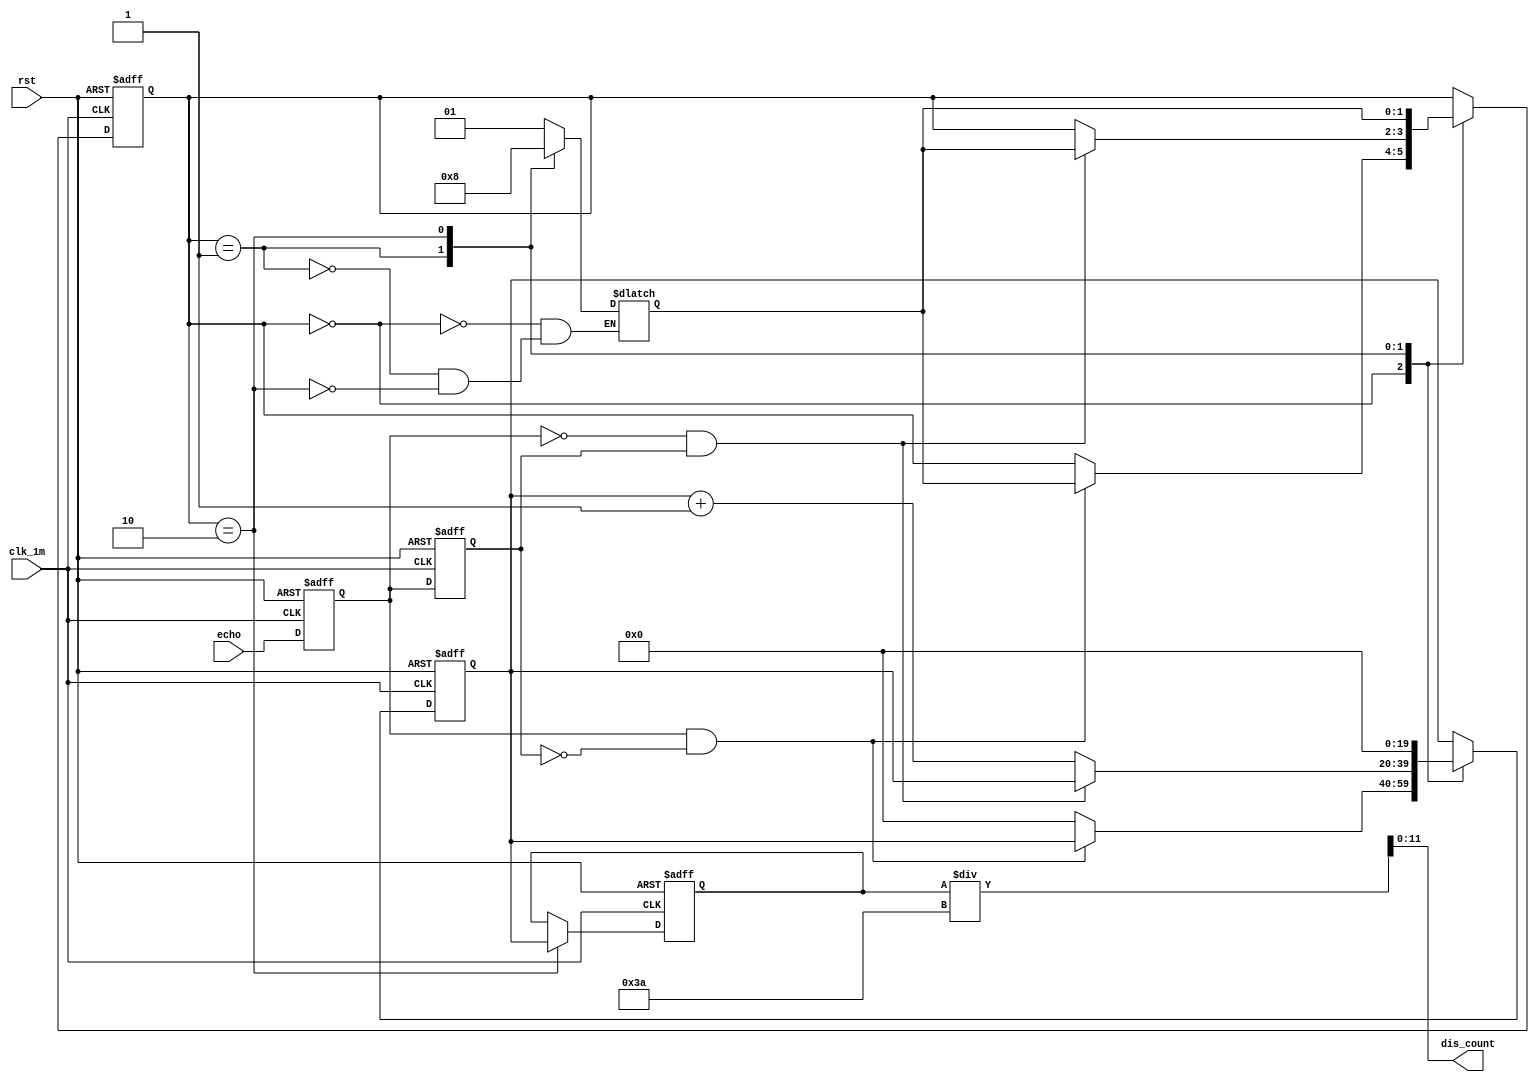
`timescale 1ns / 1ps
//////////////////////////////////////////////////////////////////////////////////
// Company: 
// Engineer: 
// 
// Design Name: 
// Module Name:    PosCounter 
// Project Name: 
// Target Devices: 
// Tool versions: 
// Description: 
//
// Dependencies: 
//
// Revision: 
// Revision 0.01 - File Created
// Additional Comments: 
//
//////////////////////////////////////////////////////////////////////////////////
module PosCounter(clk_1m, rst, echo, dis_count); // ???????????
input clk_1m, rst, echo;
output[11:0] dis_count;

parameter S0 = 2'b00, S1 = 2'b01, S2 = 2'b10; // ???? S0:??, S1:??????, S2:??????
reg[1:0] curr_state, next_state;
reg echo_reg1, echo_reg2;
assign start = echo_reg1&~echo_reg2;  //??posedge
assign finish = ~echo_reg1&echo_reg2; //??negedge
reg[19:0] count ;
reg[19:0] dis_reg; //????

always@(posedge clk_1m, posedge rst)
begin
    if(rst==1)
    begin
        echo_reg1 <= 0;
        echo_reg2 <= 0;
        count <= 0;
        dis_reg <= 0;
        curr_state <= S0;
    end
    else
    begin
        echo_reg1 <= echo;          // ??
        echo_reg2 <= echo_reg1;     // ???
        case(curr_state)
        S0:begin
                if (start==1) // ??????
                    curr_state <= next_state; //S1
                else
                    count <= 0;
            end
        S1:begin
                if (finish==1) // ??????
                    curr_state <= next_state; //S2
                else
                    begin
                        count <= count + 1;
                    end
            end
        S2:begin
                dis_reg <= count; // ??????
                count <= 0;
                curr_state <= next_state; //S0
            end
        endcase
    end
end

always@(curr_state)
begin
    case(curr_state)
    S0:next_state <= S1;
    S1:next_state <= S2;
    S2:next_state <= S0;
    endcase
end

assign dis_count = dis_reg/58; // ??,?100????? 12 (/58)

endmodule